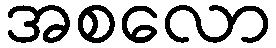
အစလော